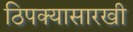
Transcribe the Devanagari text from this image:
ठिपक्यासारखी